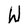
Character: W